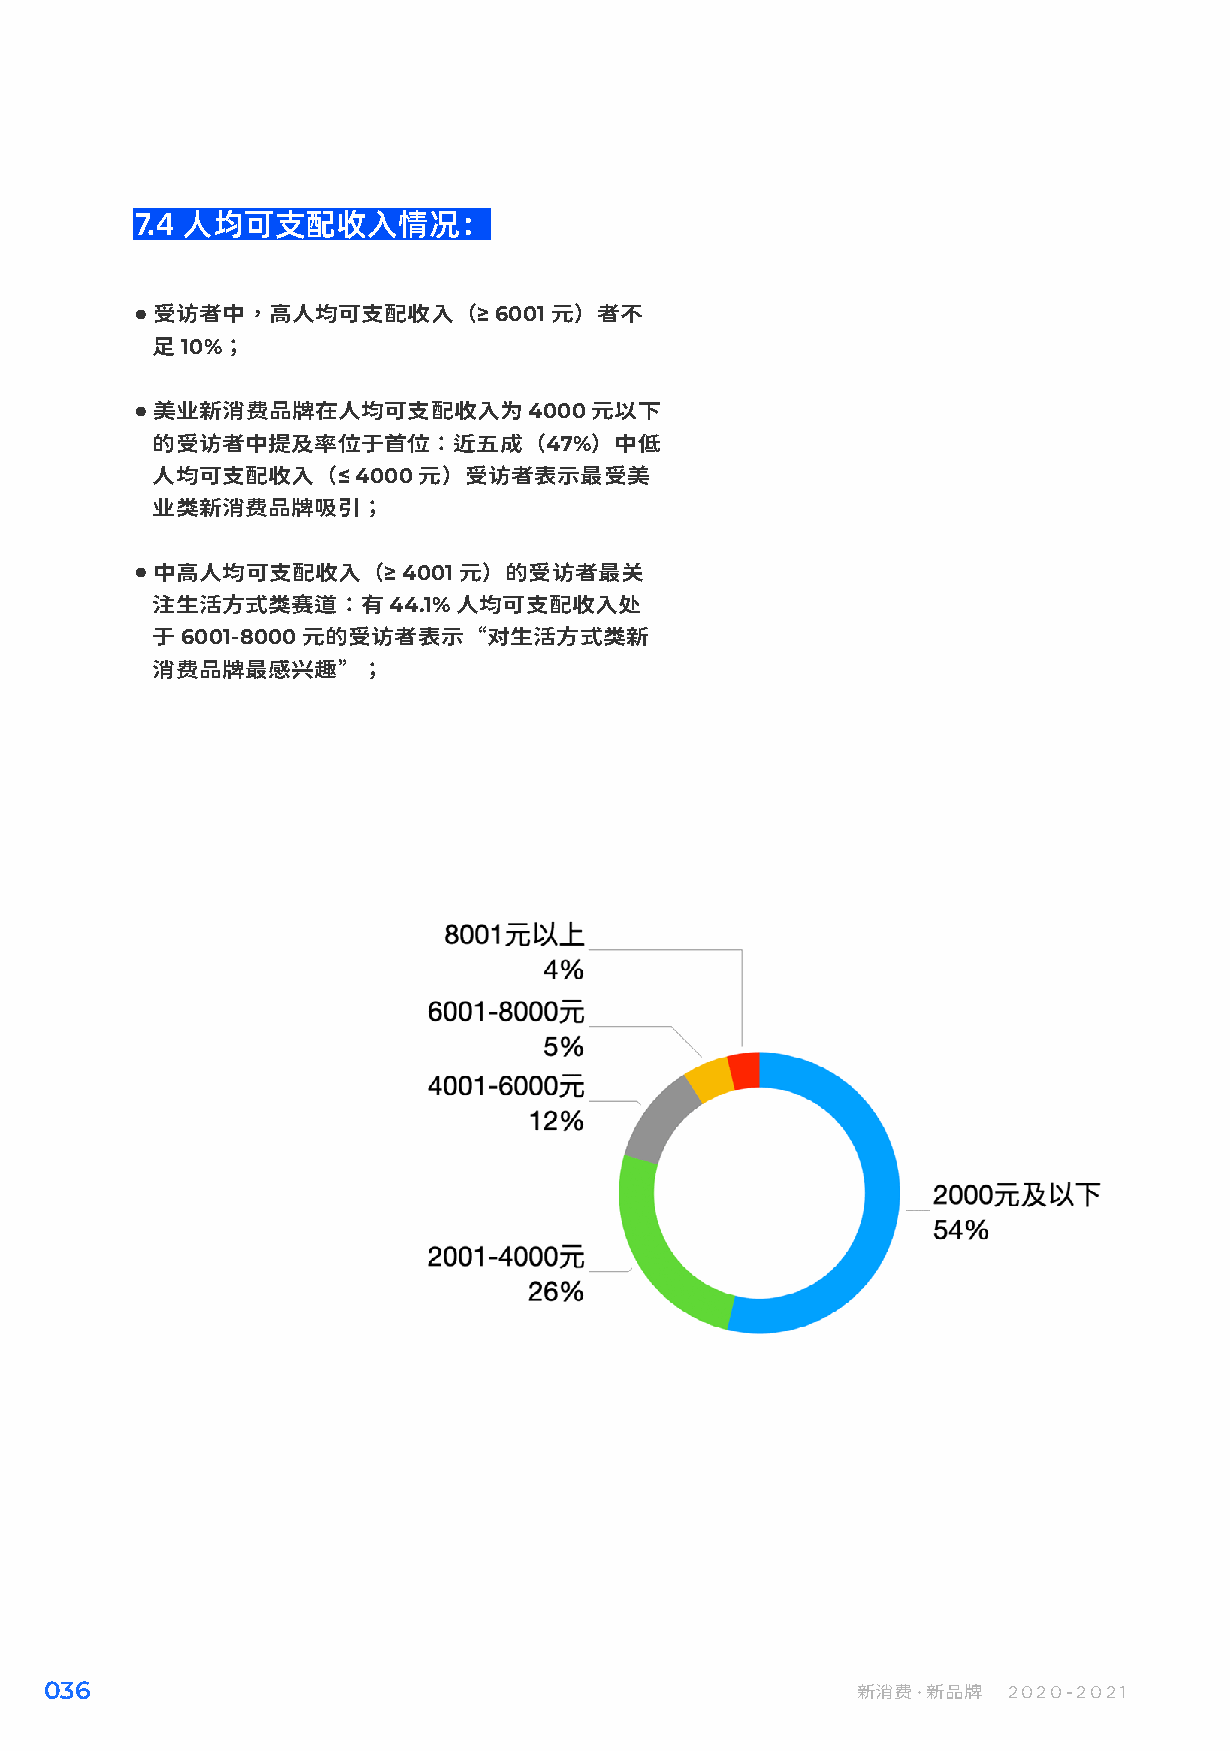
7.4 人均可支配收入情况：
 ● 受访者中，高人均可支配收入（≥6001元）者不
 足10%；
 ● 美业新消费品牌在人均可支配收入为4000元以下
 的受访者中提及率位于首位：近五成（47%）中低
 人均可支配收入（≤4000元）受访者表示最受美
 业类新消费品牌吸引；
 ● 中高人均可支配收入（≥4001元）的受访者最关
 注生活方式类赛道：有44.1%人均可支配收入处
 于6001-8000元的受访者表示“对生活方式类新
 消费品牌最感兴趣”；
 036                                                   新消费·新品牌   2020-2021